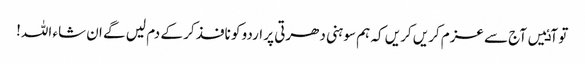
تو آٸیں آج سے عزم کریں کریں کہ ہم سوہنی دھرتی پر اردو کو نافذ کر کے دم لیں گے ان شاء اللہ!